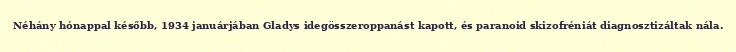
Néhány hónappal később, 1934 januárjában Gladys idegösszeroppanást kapott, és paranoid skizofréniát diagnosztizáltak nála.